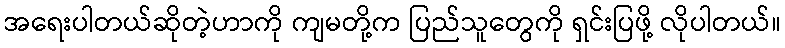
အရေးပါတယ်ဆိုတဲ့ဟာကို ကျမတို့က ပြည်သူတွေကို ရှင်းပြဖို့ လိုပါတယ်။